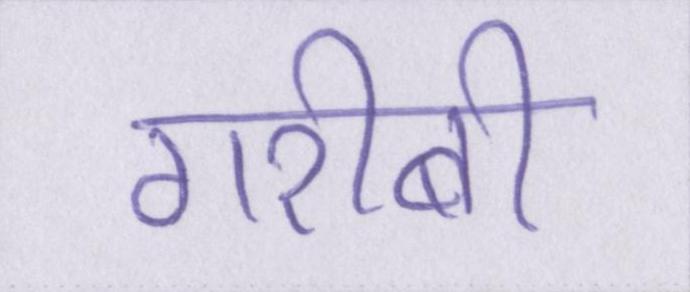
गरीबी